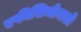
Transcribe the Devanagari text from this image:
एफीसियोनाडो